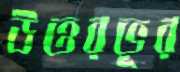
উত্তরভূর